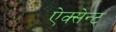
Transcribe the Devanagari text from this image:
ऐक्सेन्ट